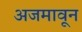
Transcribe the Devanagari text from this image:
अजमावून